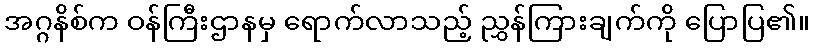
အဂ္ဂနိစ်က ဝန်ကြီးဌာနမှ ရောက်လာသည့် ညွှန်ကြားချက်ကို ပြောပြ၏။